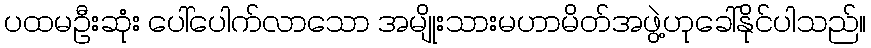
ပထမဦးဆုံး ပေါ်ပေါက်လာသော အမျိုးသားမဟာမိတ်အဖွဲ့ဟုခေါ်နိုင်ပါသည်။